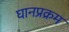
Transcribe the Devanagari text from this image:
घानप्रक्रम